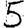
Digit: 5